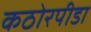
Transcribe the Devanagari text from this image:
कठोरपीडा